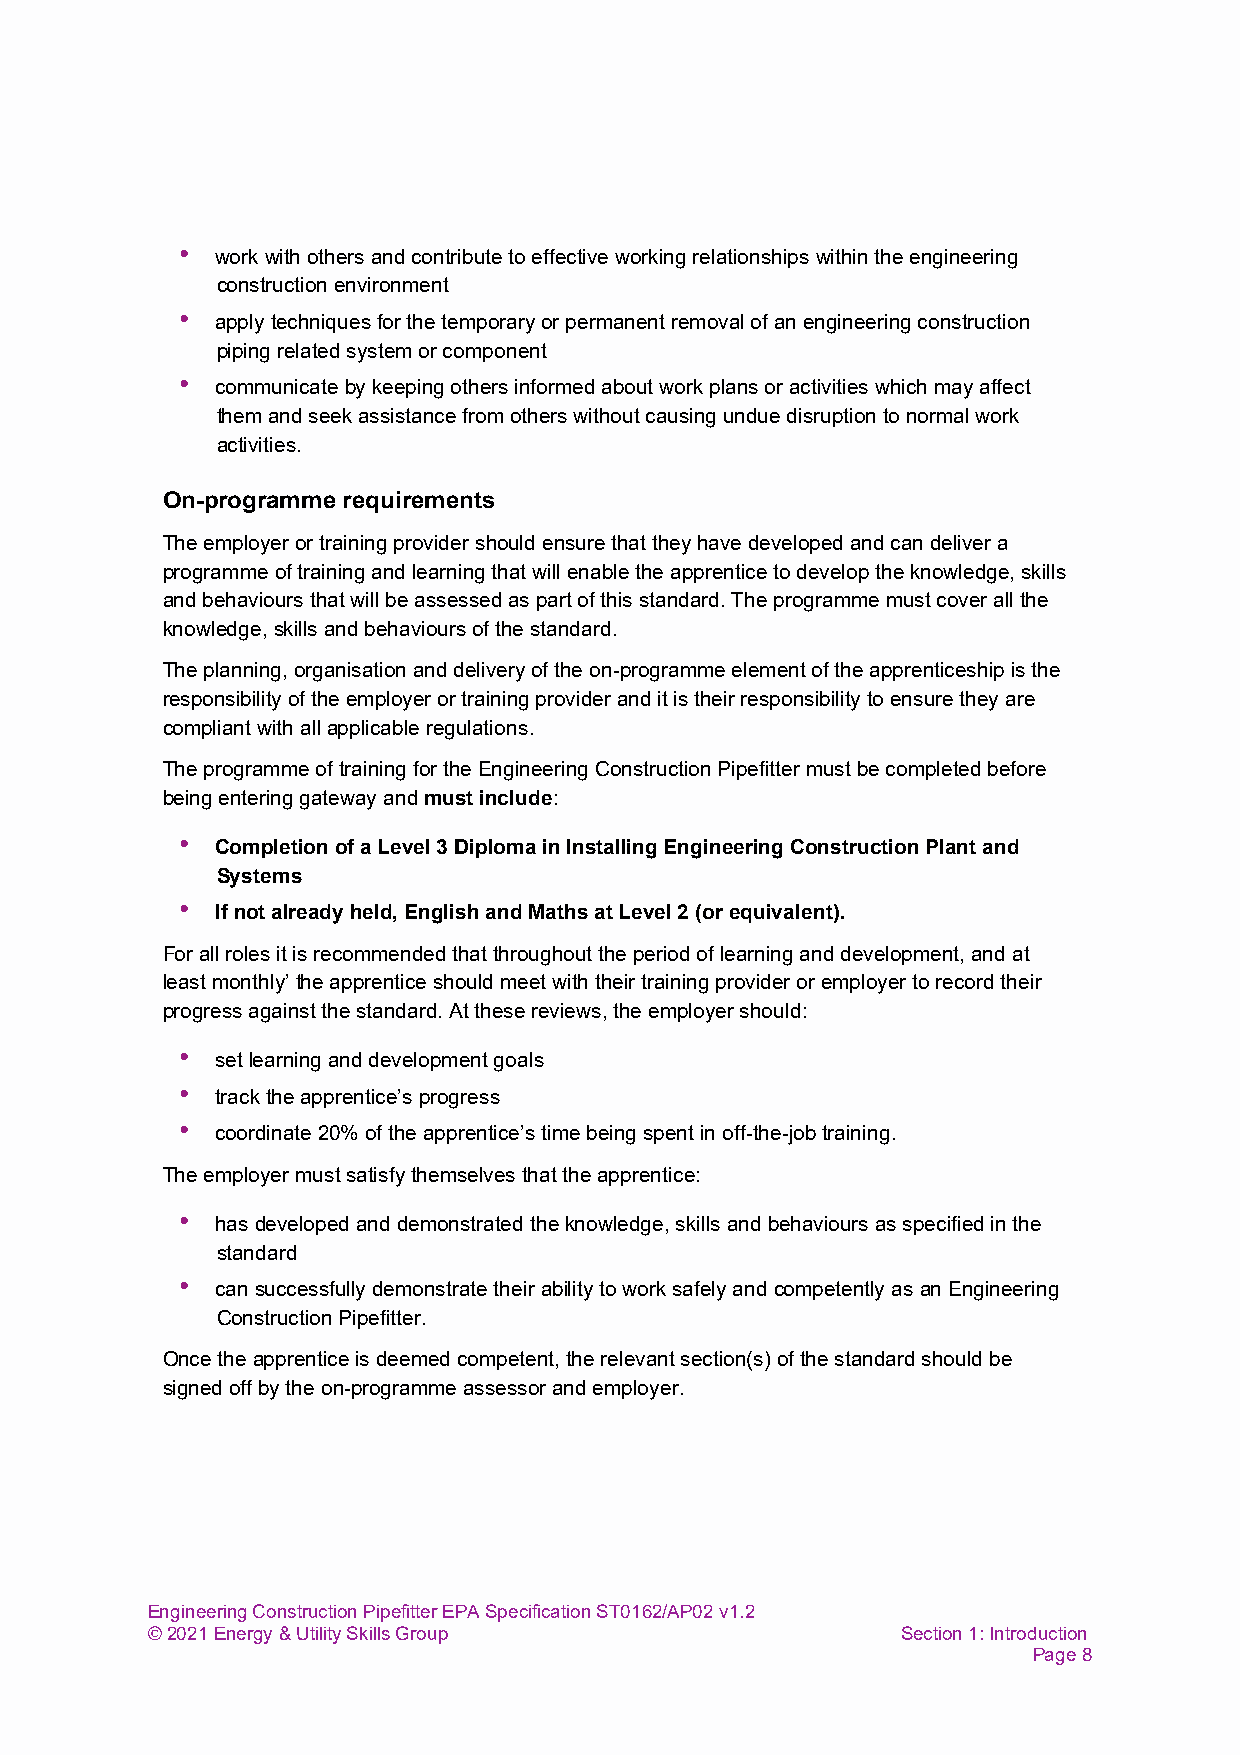
• work with others and contribute to effective working relationships within the engineering
 construction environment
 • apply techniques for the temporary or permanent removal of an engineering construction
 piping related system or component
 • communicate by keeping others informed about work plans or activities which may affect
 them and seek assistance from others without causing undue disruption to normal work
 activities.
 On-programme requirements
 The employer or training provider should ensure that they have developed and can deliver a
 programme of training and learning that will enable the apprentice to develop the knowledge, skills
 and behaviours that will be assessed as part of this standard. The programme must cover all the
 knowledge, skills and behaviours of the standard.
 The planning, organisation and delivery of the on-programme element of the apprenticeship is the
 responsibility of the employer or training provider and it is their responsibility to ensure they are
 compliant with all applicable regulations.
 The programme of training for the Engineering Construction Pipefitter must be completed before
 being entering gateway and must include:
 •
 Completion of a Level 3 Diploma in Installing Engineering Construction Plant and
 Systems
 •
 If not already held, English and Maths at Level 2 (or equivalent).
 For all roles it is recommended that throughout the period of learning and development, and at
 least monthly’ the apprentice should meet with their training provider or employer to record their
 progress against the standard. At these reviews, the employer should:
 • set learning and development goals
 • track the apprentice’s progress
 • coordinate 20% of the apprentice’s time being spent in off-the-job training.
 The employer must satisfy themselves that the apprentice:
 • has developed and demonstrated the knowledge, skills and behaviours as specified in the
 standard
 • can successfully demonstrate their ability to work safely and competently as an Engineering
 Construction Pipefitter.
 Once the apprentice is deemed competent, the relevant section(s) of the standard should be
 signed off by the on-programme assessor and employer.
 Engineering Construction Pipefitter EPA Specification ST0162/AP02 v1.2
 © 2021 Energy & Utility Skills Group              Section 1: Introduction
 Page 8